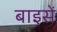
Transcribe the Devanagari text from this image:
बाइसें